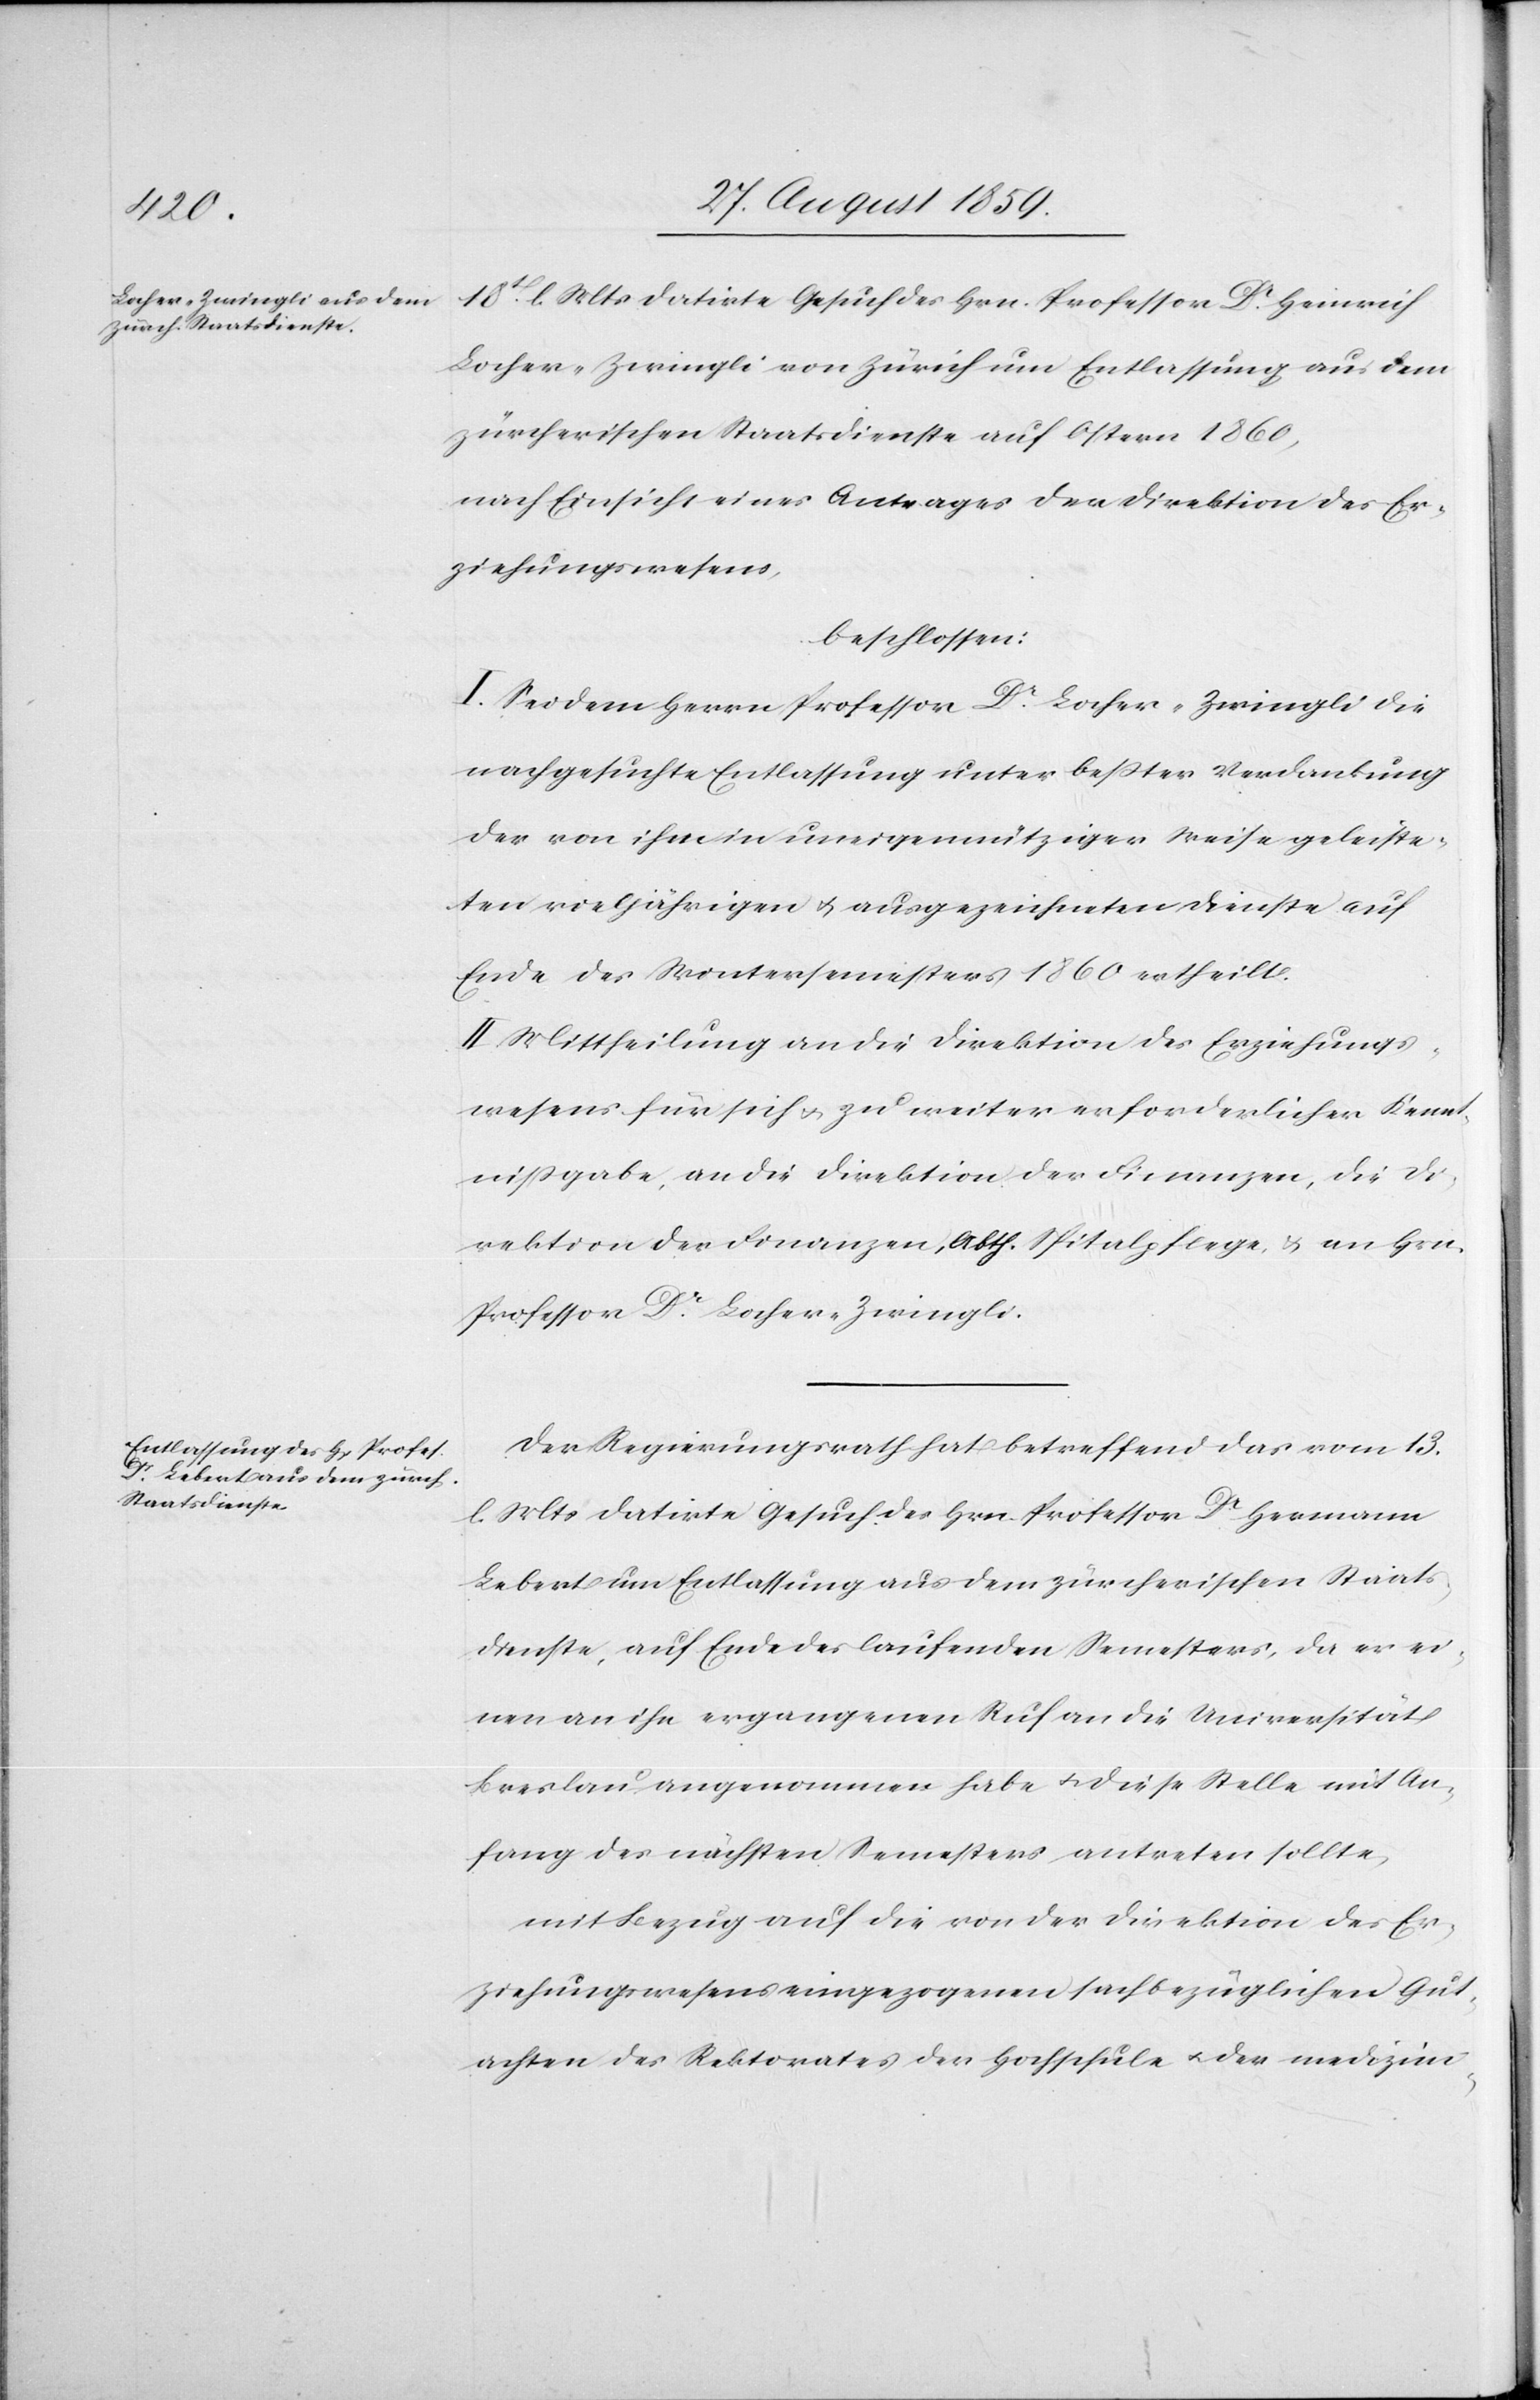
18t. l. Mts. datirte Gesuch des Hrn. Professor Dr. Heinrich
Locher-Zwingli von Zürich um Entlassung aus dem
zürcherischen Staatsdienste auf Ostern 1860,
nach Einsicht eines Antrages der Direktion des Er¬
ziehungswesens,
beschlossen:
I. Sei dem Herrn Professor Dr. Locher-Zwingli die
nachgesuchte Entlassung unter beßter Verdankung
der von ihm in uneigennütziger Weise geleiste¬
ten vieljährigen & ausgezeichneten Dienste auf
Ende des Wintersemesters 1860 ertheilt.
II. Mittheilung an die Direktion des Erziehungs¬
wesens für sich & zu weiter erforderlicher Kennt¬
nißgabe, an die Direktion der Finanzen, die Di¬
rektion der Finanzen, Abth. Spitalpflege, & an Hrn.
Professor Dr. Locher-Zwingli.
Der Regierungsrath hat betreffend das vom 13.
l. Mts. datirte Gesuch des Hrn. Professor Dr. Hermann
Lebert um Entlassung aus dem zürcherischen Staats¬
dienste, auf Ende des laufenden Semesters, da er ei¬
nen an ihn ergangenen Ruf an die Universität
Breslau angenommen habe & diese Stelle mit An¬
fang des nächsten Semesters antreten sollte,
mit Bezug auf die von der Direktion des Er¬
ziehungswesens eingezogenen sachbezüglichen Gut¬
achten des Rektorates der Hochschule & der medizini-